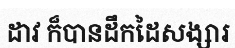
ដាវ ក៏បានដឹកដៃសង្សារ